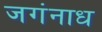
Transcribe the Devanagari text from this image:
जगंनाध